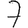
Digit: 7